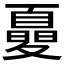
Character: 𡕾